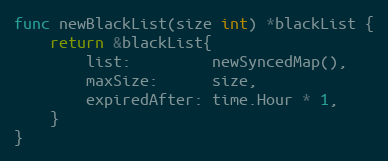
Language: Go
func newBlackList(size int) *blackList {
	return &blackList{
		list:         newSyncedMap(),
		maxSize:      size,
		expiredAfter: time.Hour * 1,
	}
}